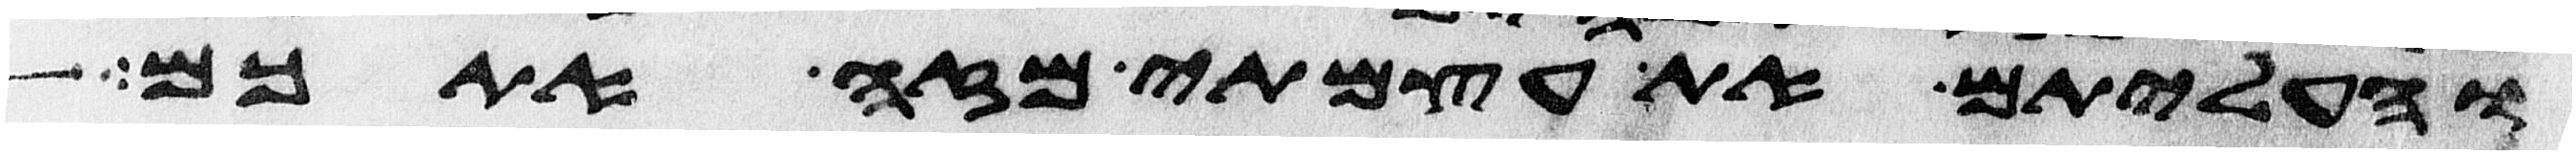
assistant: והעליתם את עצמתי מזה אתכם